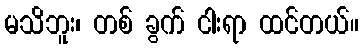
မသိဘူး၊ တစ် ခွက် ငါးရာ ထင်တယ်။